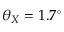
\theta _ { X } = 1 . 7 ^ { \circ }